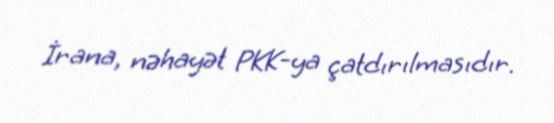
İrana, nəhayət PKK-ya çatdırılmasıdır.